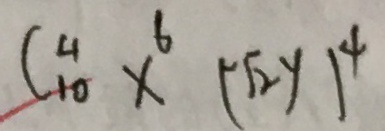
C _ { 1 0 } ^ { 4 } x ^ { 6 } ( \sqrt { 2 } y ) ^ { 4 }